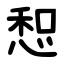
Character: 惒